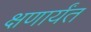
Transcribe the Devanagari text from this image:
क्षणार्यंत